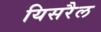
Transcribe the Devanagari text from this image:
यिसरैल